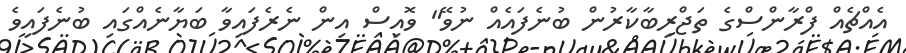
އެއްޗެއް ފްރާންސްގެ ތަޖްރިބާކާރުން ބުނެފައެއް ނުވޭ" ވޮއިސް އިން ނެރެފައިވާ ބަޔާނެއްގައި ބުނެފައިވެ